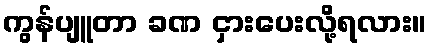
ကွန်ပျူတာ ခဏ ငှားပေးလို့ရလား။